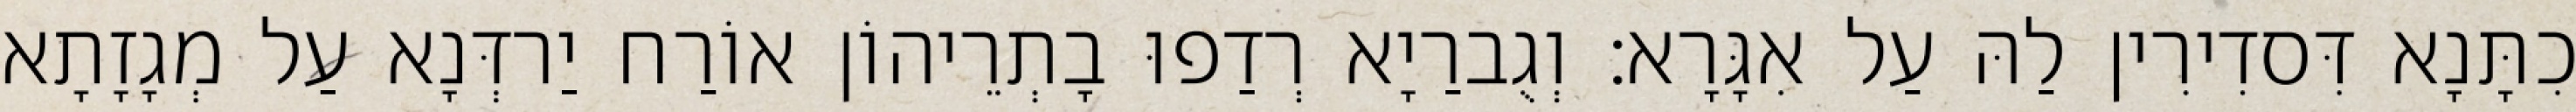
כִתָּנָא דִּסדִירִין לַהּ עַל אִגָּרָא׃ וְגֻברַיָא רְדַפוּ בָתְרֵיהוֹן אוֹרַח יַרדְּנָא עַל מְגָזָתָא